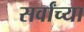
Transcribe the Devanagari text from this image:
सर्वांच्‍या